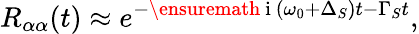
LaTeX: R_{\alpha\alpha}(t)\approx e^{-\ensuremath{\mathrm{~i~}}\left(\omega_{0}+\Delta_{S}\right)t-\Gamma_{S}t},